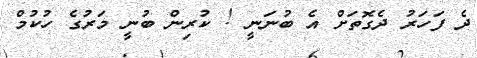
ދެ ފަހަރު ދެގޮތަށް އެ ބުނަނީ ! ކުރިން ބުނީ މަރުގެ ހުކުމް